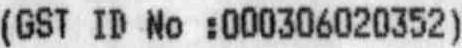
(GST ID NO :000306020352)